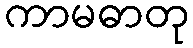
ကာမဓာတု